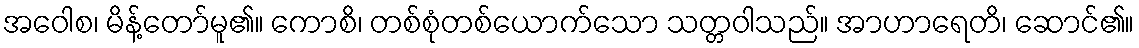
အဝေါစ၊ မိန့်တော်မူ၏။ ကောစိ၊ တစ်စုံတစ်ယောက်သော သတ္တဝါသည်။ အာဟာရေတိ၊ ဆောင်၏။